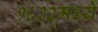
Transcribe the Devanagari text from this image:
१६२२मध्ये